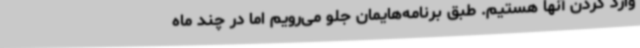
وارد کردن آنها هستیم. طبق برنامه‌هایمان جلو می‌رویم اما در چند ماه